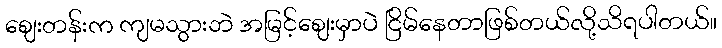
စျေးတန်းက ကျမသွားဘဲ အမြင့်စျေးမှာပဲ ငြိမ်နေတာဖြစ်တယ်လို့သိရပါတယ်။